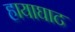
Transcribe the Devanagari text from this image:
हायाघाट